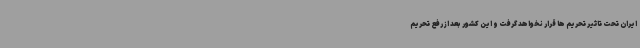
ایران تحت تاثیر تحریم ها قرار نخواهد گرفت و این کشور بعد از رفع تحریم